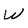
Character: W